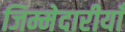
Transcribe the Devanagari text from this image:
जिम्मेदारीयाँ